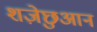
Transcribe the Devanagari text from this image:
शज़ेछुआन